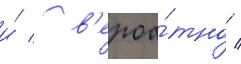
и́ / в'ероа́тно /